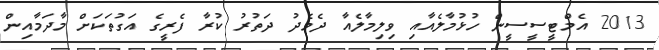
2013 އެމްޓީސީސީން ހުޅުމާލެއާއި ވިލިމާލެއާ ދެމެދު ދަތުރު ކުރާ ފެރީގެ އަގުތަކަށް މާދަމާއިން